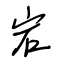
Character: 宕